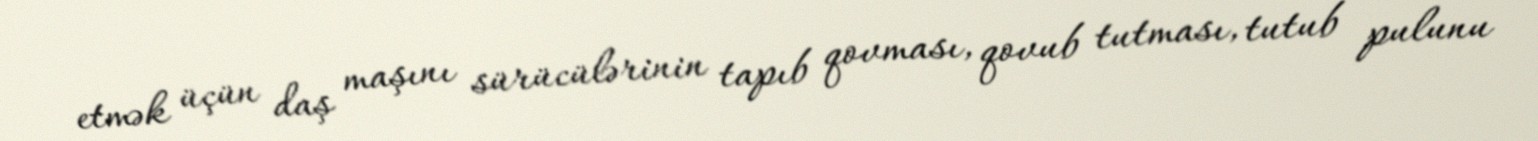
etmək üçün daş maşını sürücülərinin tapıb qovması, qovub tutması, tutub pulunu